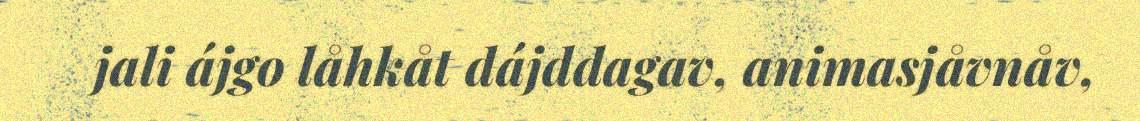
jali ájgo låhkåt dájddagav, animasjåvnåv,